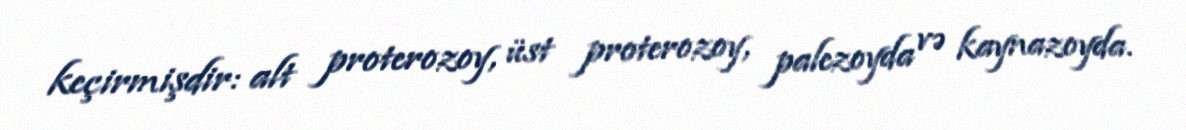
keçirmişdir: alt proterozoy, üst proterozoy, palezoyda və kaynazoyda.